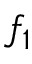
f _ { 1 }